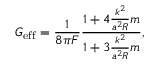
G _ { \mathrm { e f f } } = { \frac { 1 } { 8 \pi F } } { \frac { 1 + 4 { \frac { k ^ { 2 } } { a ^ { 2 } R } } m } { 1 + 3 { \frac { k ^ { 2 } } { a ^ { 2 } R } } m } } ,